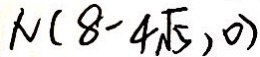
N ( 8 - 4 \sqrt { 5 } , 0 )